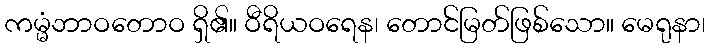
ကမ္မံဘာဝတောဝ ရှိ၏။ ဝီရိယဝရေန၊ တောင်မြတ်ဖြစ်သော။ မေရုနာ၊